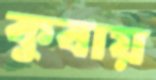
কুবায়